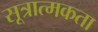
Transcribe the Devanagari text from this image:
सूत्रात्मकता